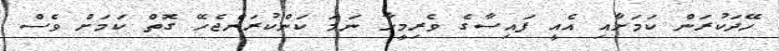
ހޭދަކުރަން ކަމަށާއި އެއީ ފައިސާގެ ވެރިމީހާ ނަމަ ކަންކުރަންޖެހޭ ގޮތް ކަމަށް ވެސް